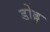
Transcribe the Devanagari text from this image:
डोड्ड